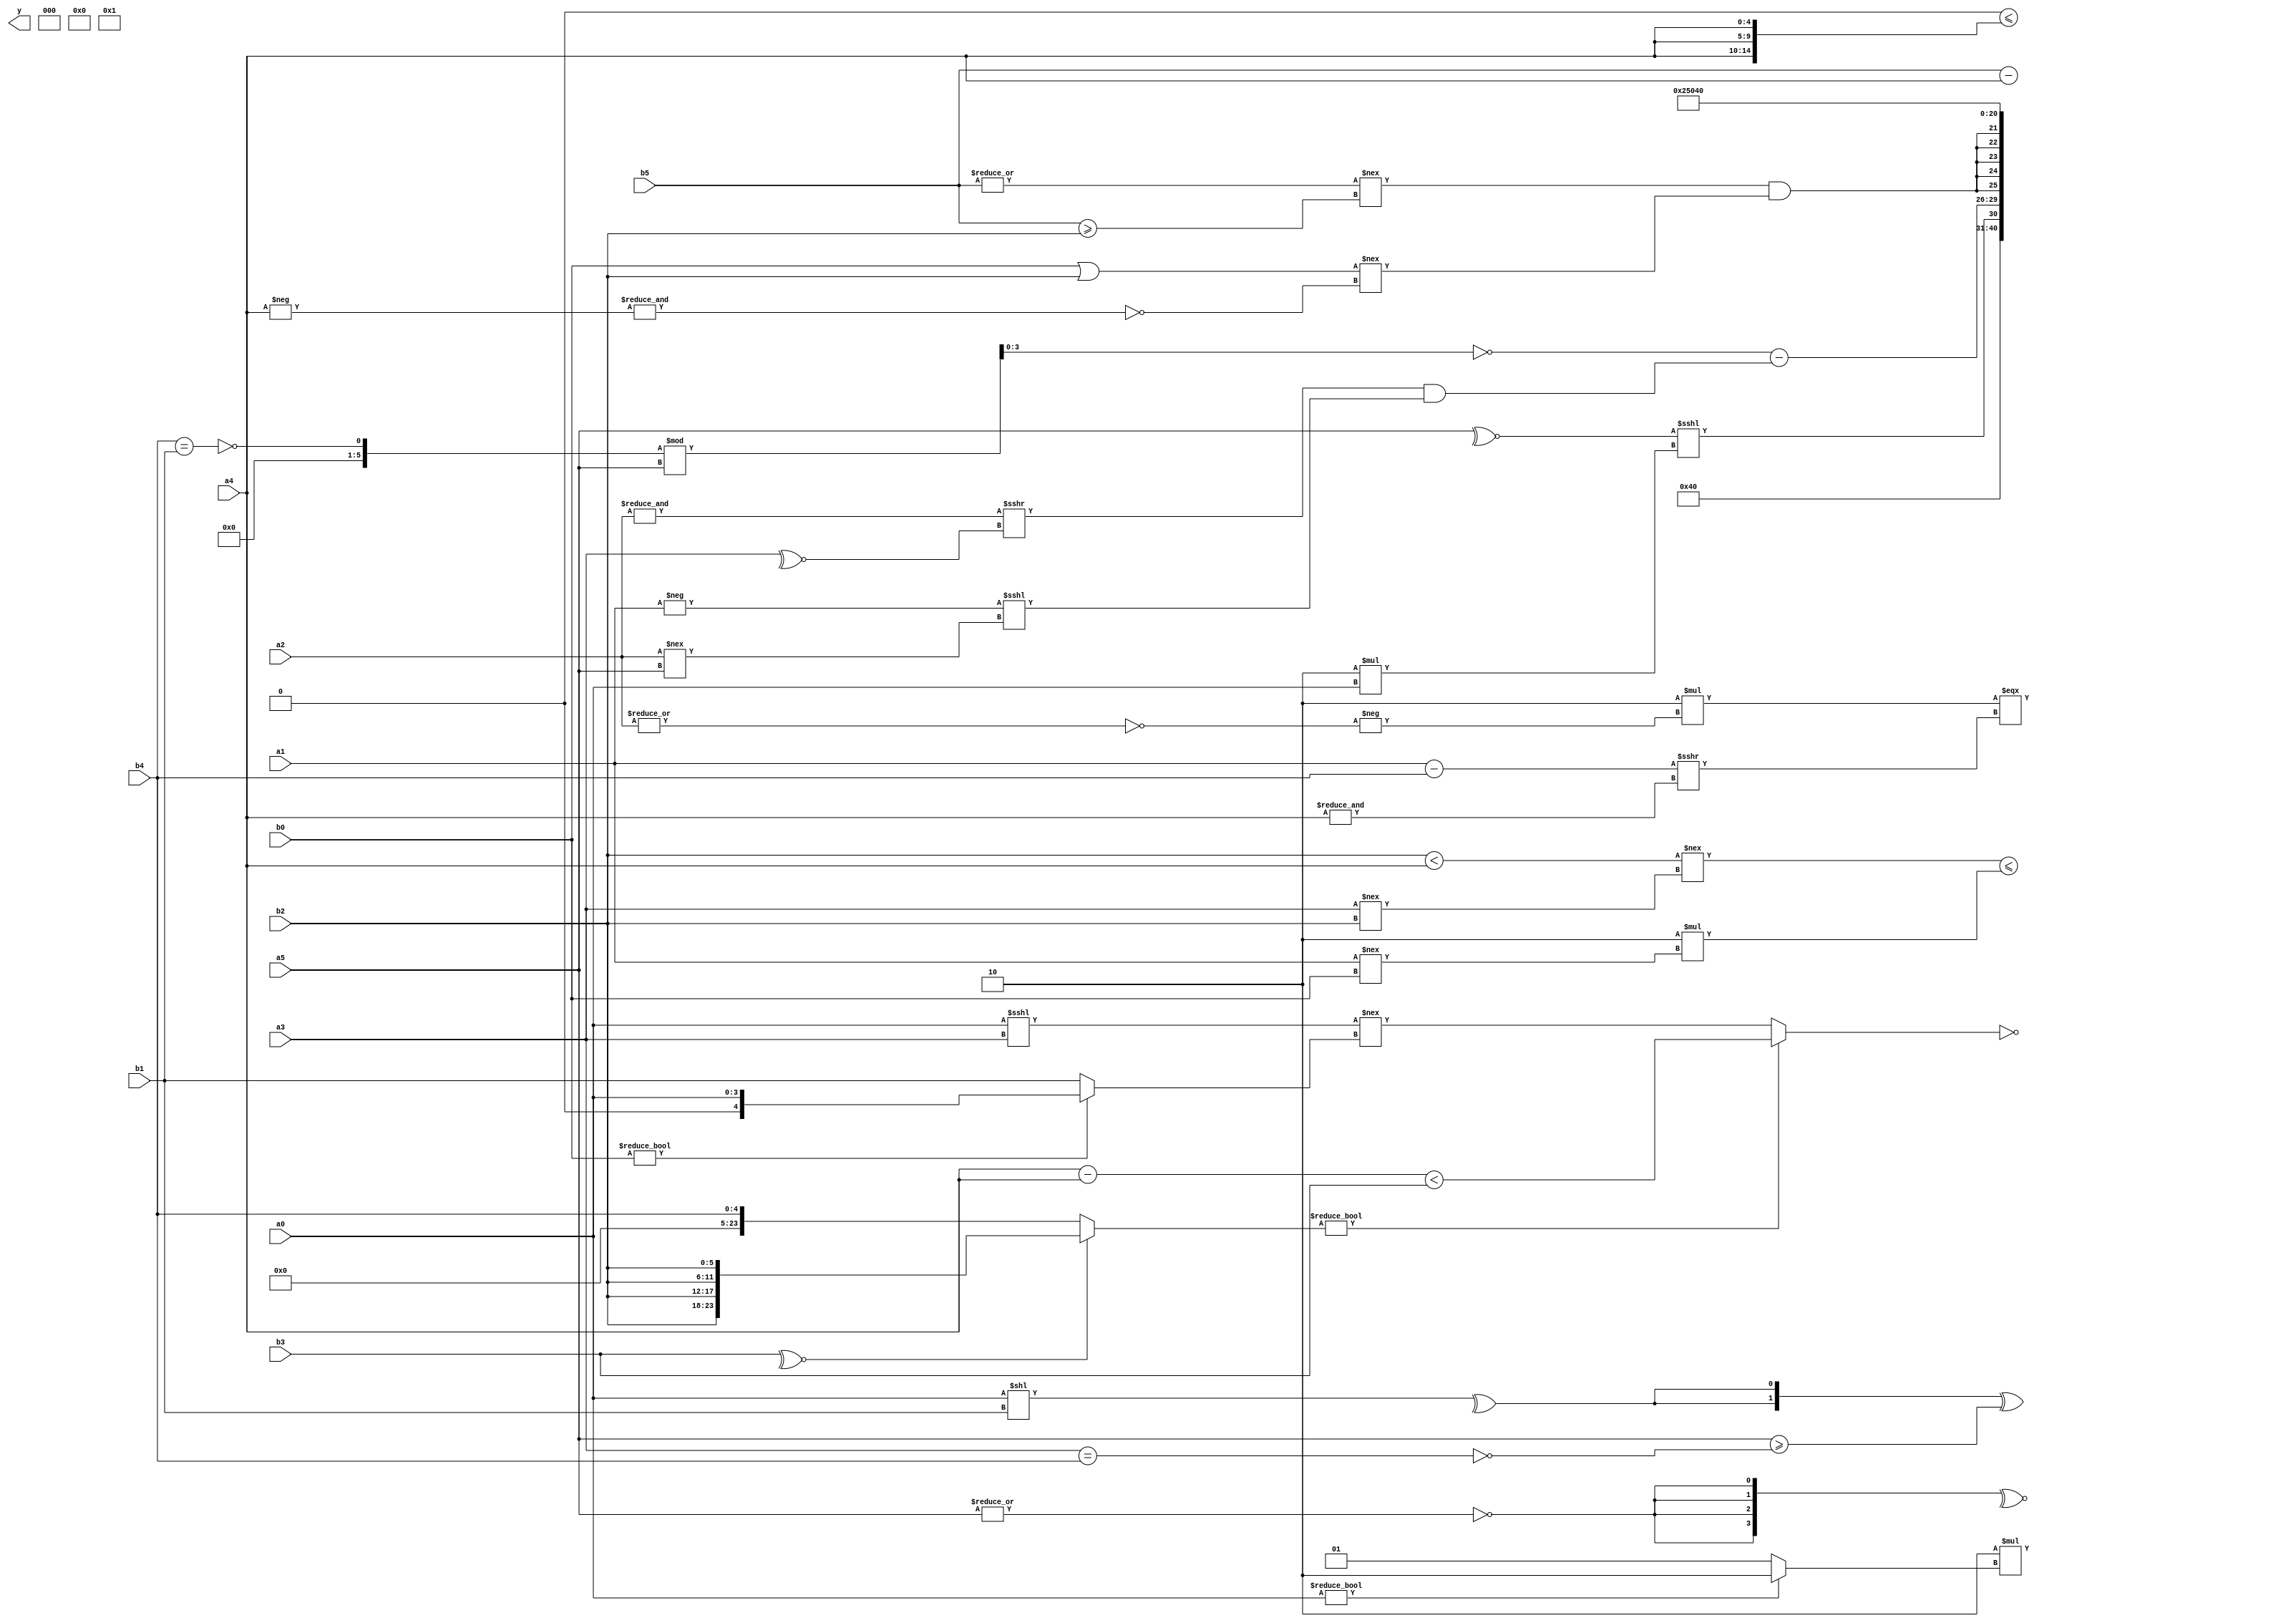
module expression_00761(a0, a1, a2, a3, a4, a5, b0, b1, b2, b3, b4, b5, y);
  input [3:0] a0;
  input [4:0] a1;
  input [5:0] a2;
  input signed [3:0] a3;
  input signed [4:0] a4;
  input signed [5:0] a5;

  input [3:0] b0;
  input [4:0] b1;
  input [5:0] b2;
  input signed [3:0] b3;
  input signed [4:0] b4;
  input signed [5:0] b5;

  wire [3:0] y0;
  wire [4:0] y1;
  wire [5:0] y2;
  wire signed [3:0] y3;
  wire signed [4:0] y4;
  wire signed [5:0] y5;
  wire [3:0] y6;
  wire [4:0] y7;
  wire [5:0] y8;
  wire signed [3:0] y9;
  wire signed [4:0] y10;
  wire signed [5:0] y11;
  wire [3:0] y12;
  wire [4:0] y13;
  wire [5:0] y14;
  wire signed [3:0] y15;
  wire signed [4:0] y16;
  wire signed [5:0] y17;

  output [89:0] y;
  assign y = {y0,y1,y2,y3,y4,y5,y6,y7,y8,y9,y10,y11,y12,y13,y14,y15,y16,y17};

  localparam [3:0] p0 = (+((4'sd0)<<((|{(4'd7)})<((2'sd1)>>(-5'sd7)))));
  localparam [4:0] p1 = ({{(2'sd0),(2'd2),(3'd6)}}?((2'd1)>>>(3'd3)):((-4'sd7)|(-5'sd14)));
  localparam [5:0] p2 = (-((((4'sd6)/(2'd3))||(!(2'd3)))&(~&(((2'sd1)>=(4'sd1))|((4'sd0)>=(-4'sd1))))));
  localparam signed [3:0] p3 = ((((5'd19)^(-5'sd3))&((5'd31)&&(-4'sd6)))!==(((5'd1)>(-2'sd1))<<<((-5'sd13)||(5'sd13))));
  localparam signed [4:0] p4 = {{2{{2{(5'd1)}}}}};
  localparam signed [5:0] p5 = (2'd2);
  localparam [3:0] p6 = {{((-4'sd0)<(2'd3))},{((-4'sd0)^(5'sd15)),{(2'd2),(5'sd0),(-5'sd2)}},(((-5'sd15)>(-4'sd6))<<{(-2'sd1)})};
  localparam [4:0] p7 = ({1{(~|(4'd13))}}?((5'sd0)^~(3'sd0)):((4'd9)||(3'd1)));
  localparam [5:0] p8 = ((^((4'd5)?(4'd13):(-5'sd10)))||{4{(5'sd6)}});
  localparam signed [3:0] p9 = {3{{4{(2'sd1)}}}};
  localparam signed [4:0] p10 = ((((-4'sd0)^(-3'sd0))-((-2'sd0)^~(3'd1)))+(((3'd1)>>>(3'd2))|((3'd6)?(2'd0):(3'd2))));
  localparam signed [5:0] p11 = ((3'sd1)>>>(4'd9));
  localparam [3:0] p12 = ((((2'sd0)>>>(5'd4))>>>((5'd10)>>>(2'd1)))?((5'd24)?(5'sd5):(-4'sd7)):((3'sd2)?(3'sd2):(4'd8)));
  localparam [4:0] p13 = ({2{(5'd14)}}&&{2{(2'd2)}});
  localparam [5:0] p14 = {(5'sd11)};
  localparam signed [3:0] p15 = {((2'd1)?(5'd5):(5'd8)),{3{(3'd6)}},(6'd2 * (4'd0))};
  localparam signed [4:0] p16 = ((((3'd2)>>(2'sd1))?((-5'sd10)/(2'sd0)):((-2'sd0)?(4'd8):(5'd23)))!=((!((2'sd0)?(2'd3):(3'd1)))<<((-3'sd2)|(-4'sd4))));
  localparam signed [5:0] p17 = (4'sd4);

  assign y0 = ({4{p15}}<={3{a4}});
  assign y1 = (~(((~^b3)?{4{b2}}:(b3?b4:b4))?$unsigned((((a4-a4)<$signed(b3)))):((a0<<<a3)!==(b0?a0:b1))));
  assign y2 = {({((p16+p3)>{p10})}!={(b4!==b1),{p3,p17}}),(((b2<a4)!==(a3!==b2))<={(6'd2 * (a1!==b0))})};
  assign y3 = (2'd0);
  assign y4 = (~^{4{(~|{3{a5}})}});
  assign y5 = {4{(5'd2 * (a0?p12:p7))}};
  assign y6 = ((4'd2 * (-(~|a2)))===((a1-b4)>>>(&{3{a4}})));
  assign y7 = ({2{(^(a0<<b1))}}^((p15?a4:a5)>=(~&(&(a3==b4)))));
  assign y8 = (b5-a4);
  assign y9 = ((&((p4?p4:a0)&(p1==p2)))-((|p0)!=(p7?p16:a3)));
  assign y10 = {4{p10}};
  assign y11 = (&{((~^a5)<<<(5'd2 * a0))});
  assign y12 = ((~((~&(b4==b1))%a5))-(((&a2)>>>(~^a3))&&((-a1)<<<(a2!==a5))));
  assign y13 = $signed($signed((|(|({(&((|(b5))!==(b5>=b2)))}&$unsigned((-((b0|b2)!==(~&(-a4))))))))));
  assign y14 = (4'sd4);
  assign y15 = (~{$signed({{b2},$signed(a4)}),(+(4'd5))});
  assign y16 = (~^p11);
  assign y17 = ((p13<<p15)>>(p8?p9:p10));
endmodule